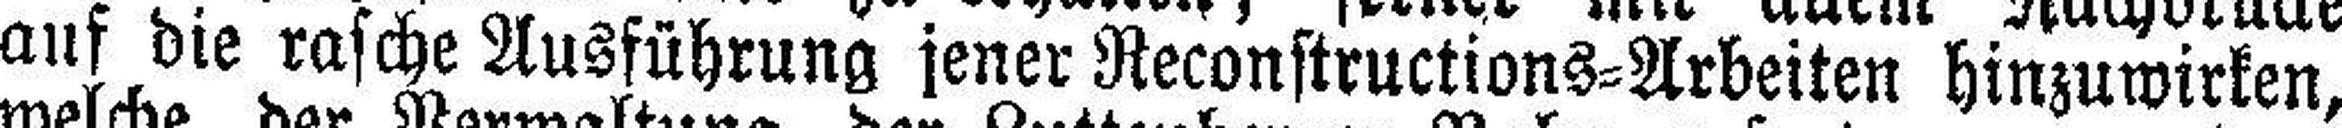
auf die rasche Ausführung jener Reconstructions=Arbeiten hinzuwirken,